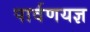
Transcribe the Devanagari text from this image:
पार्वणयज्ञ